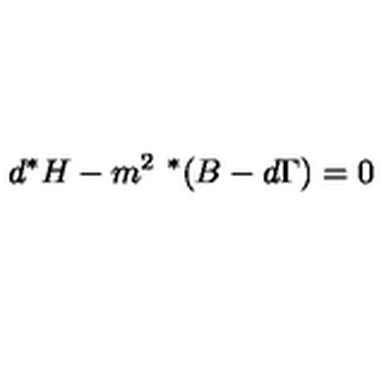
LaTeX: d ^ { * } H - m ^ { 2 } \ ^ { * } ( B - d \Gamma ) = 0